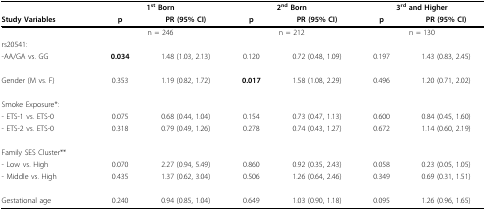
|  | <COLSPAN=2> 1st Born | <COLSPAN=2> 2nd Born | <COLSPAN=2> 3rd and Higher |
 | Study Variables | p | PR (95% CI) | p | PR (95% CI) | p | PR (95% CI) |
 | --- | --- | --- | --- | --- | --- | --- |
 |  | <COLSPAN=2> n = 246 | <COLSPAN=2> n = 212 | <COLSPAN=2> n = 130 |
 | rs20541: |  |  |  |  |  |  |
 | -AA/GA vs. GG | 0.034 | 1.48 (1.03, 2.13) | 0.120 | 0.72 (0.48, 1.09) | 0.197 | 1.43 (0.83, 2.45) |
 | Gender (M vs. F) | 0.353 | 1.19 (0.82, 1.72) | 0.017 | 1.58 (1.08, 2.29) | 0.496 | 1.20 (0.71, 2.02) |
 | Smoke Exposure*: |  |  |  |  |  |  |
 | - ETS-1 vs. ETS-0 | 0.075 | 0.68 (0.44, 1.04) | 0.154 | 0.73 (0.47, 1.13) | 0.600 | 0.84 (0.45, 1.60) |
 | - ETS-2 vs. ETS-0 | 0.318 | 0.79 (0.49, 1.26) | 0.278 | 0.74 (0.43, 1.27) | 0.672 | 1.14 (0.60, 2.19) |
 | Family SES Cluster** |  |  |  |  |  |  |
 | - Low vs. High | 0.070 | 2.27 (0.94, 5.49) | 0.860 | 0.92 (0.35, 2.43) | 0.058 | 0.23 (0.05, 1.05) |
 | - Middle vs. High | 0.435 | 1.37 (0.62, 3.04) | 0.506 | 1.26 (0.64, 2.46) | 0.349 | 0.69 (0.31, 1.51) |
 | Gestational age | 0.240 | 0.94 (0.85, 1.04) | 0.649 | 1.03 (0.90, 1.18) | 0.095 | 1.26 (0.96, 1.65) |